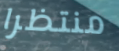
منتظرا